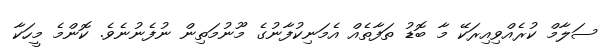
ސަލާމް ކުރެއްވިއިރަކޭ މާ ބޮޑު ތަފާތެއް އެމަނިކުފާނުގެ މޫނުމަތިން ނުފެނުނެވެ. ކޮންމެ މީހަކާ